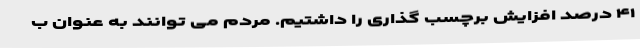
۴۱ درصد افزایش برچسب ‌گذاری را داشتیم. مردم می ‌توانند به عنوان ب